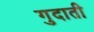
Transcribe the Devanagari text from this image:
गुदाती